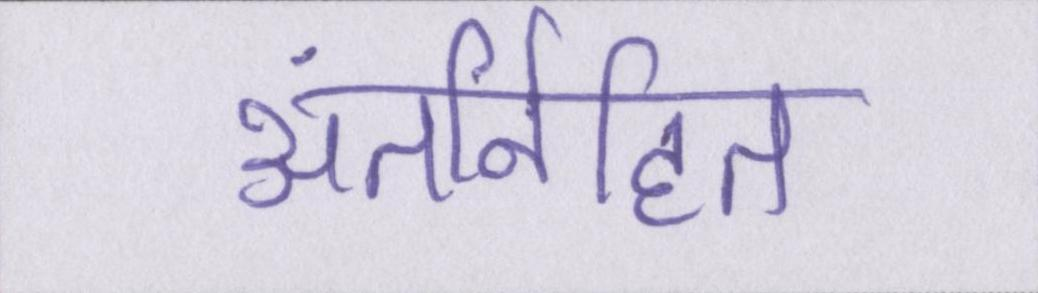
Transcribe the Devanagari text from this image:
अंतर्निहित